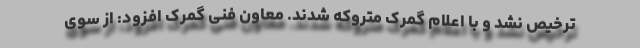
ترخیص نشد و با اعلام گمرک متروکه شدند. معاون فنی گمرک افزود: از سوی